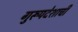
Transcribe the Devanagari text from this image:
गुरूपदेशाची